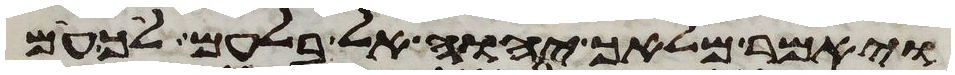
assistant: ויאמר מלאך יהוה אל בלעם לך עם